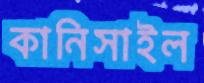
কানিসাইল